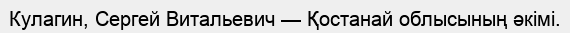
Кулагин, Сергей Витальевич — Қостанай облысының әкімі.